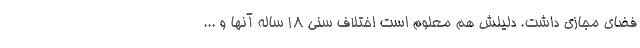
فضای مجازی داشت. دلیلش هم معلوم است اختلاف سنی 18 ساله آنها و ...